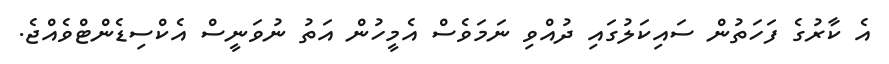
އެ ކާރުގެ ފަހަތުން ސައިކަލުގައި ދުއްވި ނަމަވެސް އެމީހުން އަތު ނުވަނީސް އެކްސިޑެންޓްވެއްޖެ.